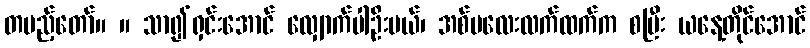
တပည့်တော်။ ။ သာ၍ရှင်းအောင် လျှောက်ပါဦးမယ်၊ အစ်မလေးလက်ထက်က စပြီး ယနေ့တိုင်အောင်